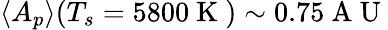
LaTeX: \langle A_{p}\rangle(T_{s}=5800\mathrm{~K~})\sim 0.75\mathrm{~A~U~}